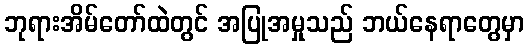
ဘုရားအိမ်တော်ထဲတွင် အပြုအမှုသည် ဘယ်နေရာတွေမှာ